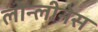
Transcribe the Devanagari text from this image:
लोन्लीनेस